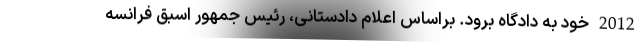
2012 خود به دادگاه برود. براساس اعلام دادستانی، رئیس جمهور اسبق فرانسه